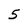
Character: 5